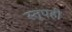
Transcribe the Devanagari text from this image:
स्तूपही